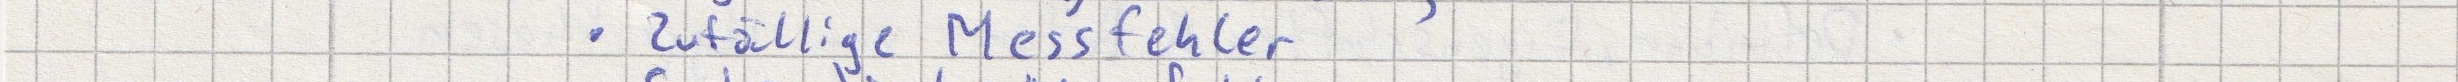
- Zufällige Messfehler